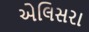
એલિસરા